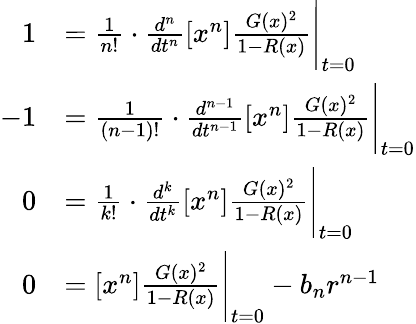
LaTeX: \begin{array}{rl}{1}&{=\frac{1}{n!}\cdot\frac{d^{n}}{dt^{n}}[x^{n}]\frac{G(x)^{2}}{1-R(x)}\Bigg|_{t=0}}\\ {-1}&{=\frac{1}{(n-1)!}\cdot\frac{d^{n-1}}{dt^{n-1}}[x^{n}]\frac{G(x)^{2}}{1-R(x)}\Bigg|_{t=0}}\\ {0}&{=\frac{1}{k!}\cdot\frac{d^{k}}{dt^{k}}[x^{n}]\frac{G(x)^{2}}{1-R(x)}\Bigg|_{t=0}}\\ {0}&{=[x^{n}]\frac{G(x)^{2}}{1-R(x)}\Bigg|_{t=0}-b_{n}r^{n-1}}\end{array}